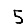
Digit: 5